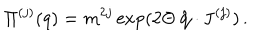
\Pi ^ { ( j ) } ( q ) = m ^ { 2 j } \exp ( 2 \Theta \, \hat { \bf q } \cdot { \bf J } ^ { ( j ) } ) \, .